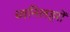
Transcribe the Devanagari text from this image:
ध्वनिलहरों